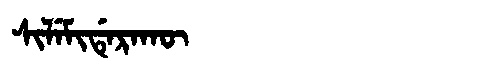
Manchu: ᠰᡳᠯᡝᠮᡳᡩᡝᡵᠠᡴᡡ
Romanization: SILEMIDERAKŪ